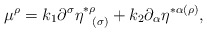
\begin{align*}\mu ^{\rho }=k_{1}\partial ^{\sigma }\eta _{\;\;\;(\sigma )}^{*\rho}+k_{2}\partial _{\alpha }\eta ^{*\alpha (\rho )}, \end{align*}